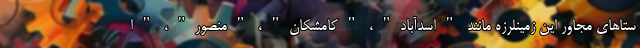
ستاهای مجاور این زمینلرزه مانند "اسدآباد"، "کامشکان"، "منصور"، "ا